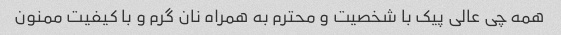
همه چی عالی پیک با شخصیت و محترم به همراه نان گرم و با کیفیت ممنون